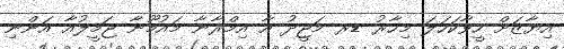
އިޔާޒަށް ހީވާކަހަލަ މިހާރު ޑރ މަޖީދު އާ އިމްރާނާ މައުމޫނާ ޖަމީލުއާ އަންނި